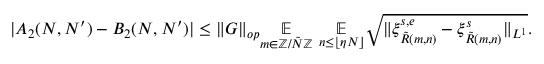
| A _ { 2 } ( N , N ^ { \prime } ) - B _ { 2 } ( N , N ^ { \prime } ) | \leq \| G \| _ { o p } \underset { m \in \mathbb { Z } / \tilde { N } \mathbb { Z } } { \mathbb { E } } ~ \underset { n \leq \lfloor \eta N \rfloor } { \mathbb { E } } \sqrt { \| \xi _ { \tilde { R } ( m , n ) } ^ { s , e } - \xi _ { \tilde { R } ( m , n ) } ^ { s } \| _ { L ^ { 1 } } } .